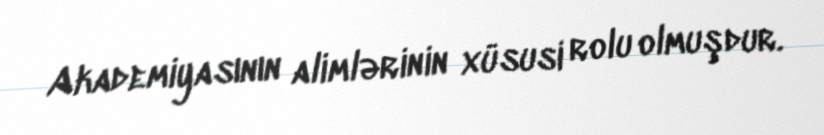
Akademiyasının alimlərinin xüsusi rolu olmuşdur.